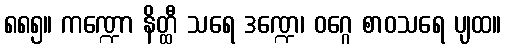
၈၈၅။ ကဏ္ဍော နိတ္ထီ သရေ ဒဏ္ဍေ၊ ဝဂ္ဂေ စာဝသရေ ပျထ။